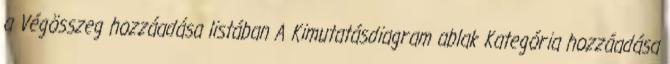
a Végösszeg hozzáadása listában A Kimutatásdiagram ablak Kategória hozzáadása